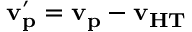
\mathbf { v _ { p } ^ { \prime } } = \mathbf { v _ { p } } - \mathbf { v _ { H T } }